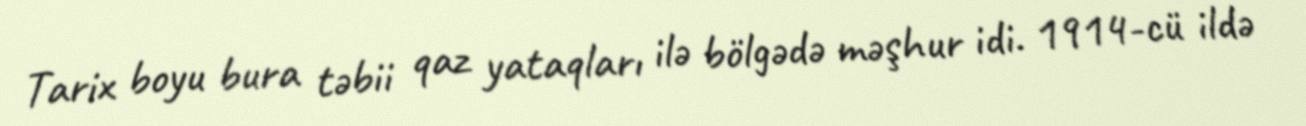
Tarix boyu bura təbii qaz yataqları ilə bölgədə məşhur idi. 1914-cü ildə